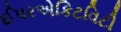
ઈપરએકિટવિટી